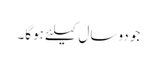
جو دوسال کیلئے ہوگا۔